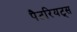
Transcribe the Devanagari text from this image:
पैटरियट्स